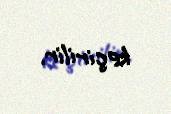
keçirilir.